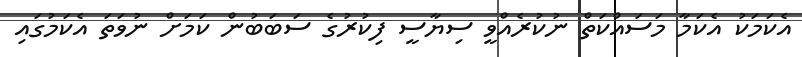
އެކަމަކު އެކަމާ މަސައްކަތް ނުކުރެއްވީ ސިޔާސީ ފިކުރުގެ ސަބަބުން ކަމަށް ނުވަތަ އެކަމުގައި